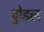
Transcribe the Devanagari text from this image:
ट्वोडल